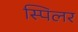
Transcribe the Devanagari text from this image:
स्पिलर